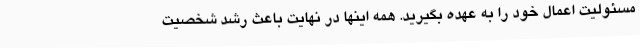
مسئولیت اعمال خود را به عهده بگیرید. همه اینها در نهایت باعث رشد شخصیت